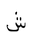
Letter: _shin